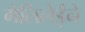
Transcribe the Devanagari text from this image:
गेलिलेईने